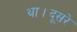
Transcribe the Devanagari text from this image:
था।दूसरे